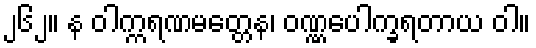
၂၆၂။ န ဝါက္ကရဏမတ္တေန၊ ဝဏ္ဏပေါက္ခရတာယ ဝါ။